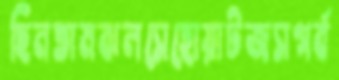
ছিনতামঝলসেহোয়াটজসগর্ব